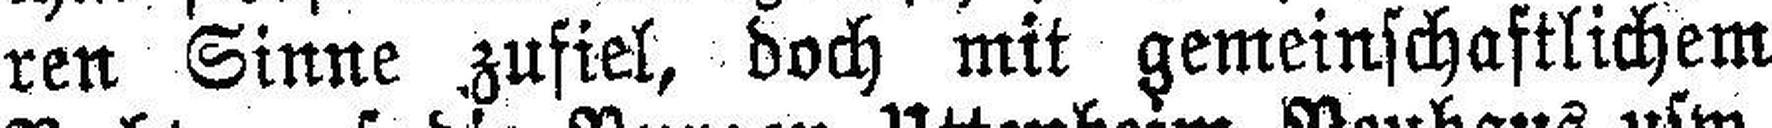
ren Sinne zufiel, doch mit gemeinschaftlichem